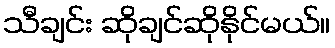
သီချင်း ဆိုချင်ဆိုနိုင်မယ်။